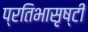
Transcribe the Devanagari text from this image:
प्रतिभासृष्टी